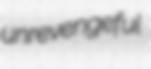
unrevengeful